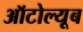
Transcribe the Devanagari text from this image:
ऑटोल्यूब